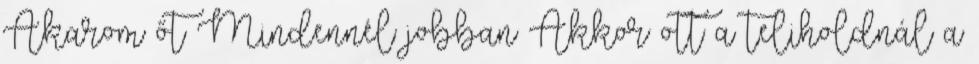
Akarom őt Mindennél jobban Akkor ott a teliholdnál a